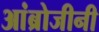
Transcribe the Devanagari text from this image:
आंब्रोजीनी